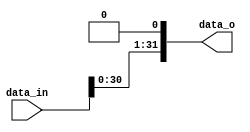
module Shift_Left(
	data_in,
	data_o
);
input [31:0] data_in;
output [31:0] data_o;
assign data_o = data_in<<1;

endmodule